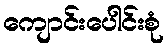
ကျောင်းပေါင်းစုံ